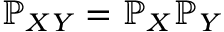
\mathbb { P } _ { X Y } = \mathbb { P } _ { X } \mathbb { P } _ { Y }